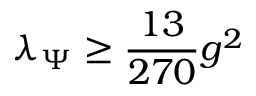
\lambda _ { \Psi } \geq { \frac { 1 3 } { 2 7 0 } } g ^ { 2 }